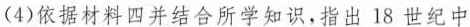
(4)依据材料四并结合所学知识，指出18世纪中